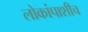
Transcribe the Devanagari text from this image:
लोकांपाशीच